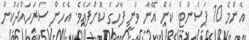
އެންމެ 10 ޕަސެންޓް ކަން އޭނާ ވަނީ ފާހަގަ ކޮށްފައެވެ. އެހެން ސަރަހައްދަކުން